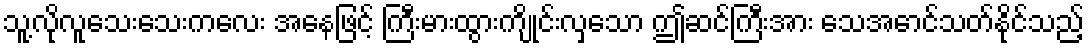
သူ့လိုလူသေးသေးကလေး အနေဖြင့် ကြီးမားထွားကျိုင်းလှသော ဤဆင်ကြီးအား သေအောင်သတ်နိုင်သည့်